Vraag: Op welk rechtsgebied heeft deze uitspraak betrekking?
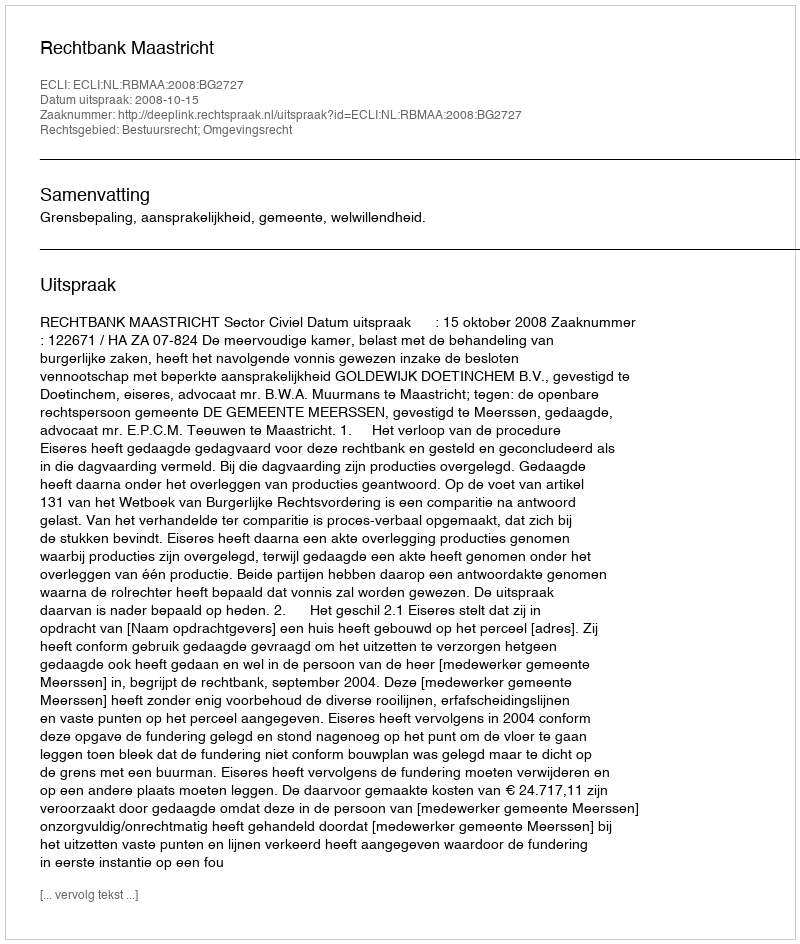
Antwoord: Bestuursrecht; Omgevingsrecht